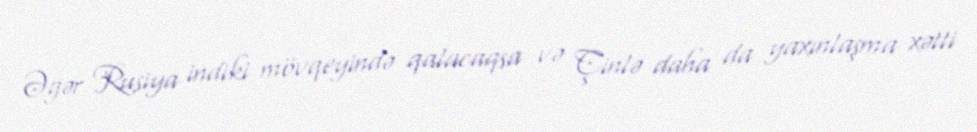
Əgər Rusiya indiki mövqeyində qalacaqsa və Çinlə daha da yaxınlaşma xətti